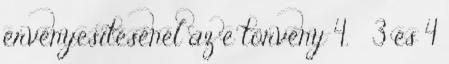
érvényesítésénél az e törvény 4. § 3 és 4